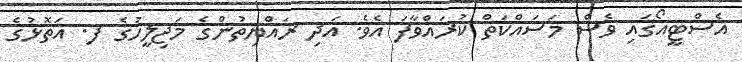
އެސްޓީއޯގައި ވެސް މަސައްކަތް ކުރައްވާފަ އެވެ. އަދި ރައްޔިތުންގެ މަޖިލީހުގެ ފ. އަތޮޅުގެ